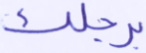
برجلك